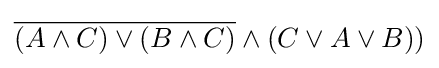
{\overline {(A\wedge C)\vee (B\wedge C)}}\wedge (C\vee A\vee B))